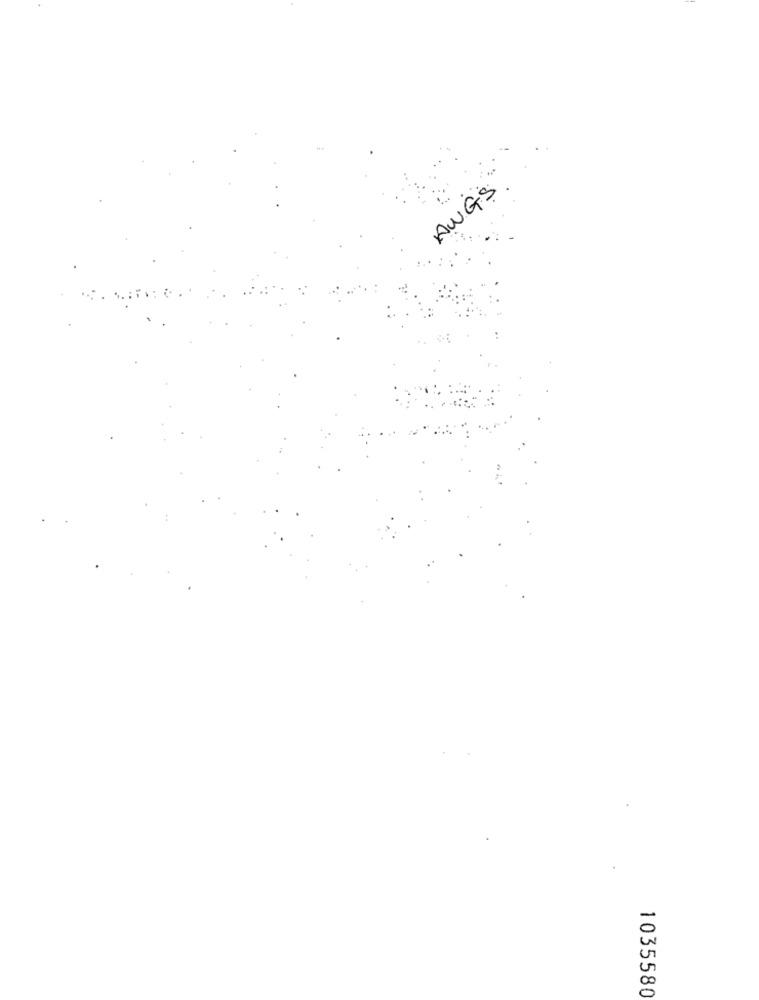
AWGS
1035580